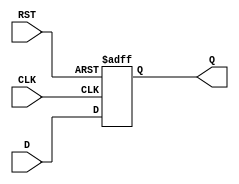
module IntermediateRegister (
    input  wire [N-1:0] D,      // Data Input (N-bit wide)
    input  wire CLK,            // Clock
    input  wire RST,            // Asynchronous Reset
    output reg  [N-1:0] Q       // Data Output (N-bit wide)
);
    
    // Parameter for data width (adjust as needed)
    parameter N = 8;            // Example: 8-bit register

    // Always block for sequential logic
    always @(posedge CLK or posedge RST) begin
        if (RST) begin
            Q <= {N{1'b0}};      // Asynchronous reset to 0
        end else begin
            Q <= D;              // Capture data on clock edge
        end
    end

endmodule